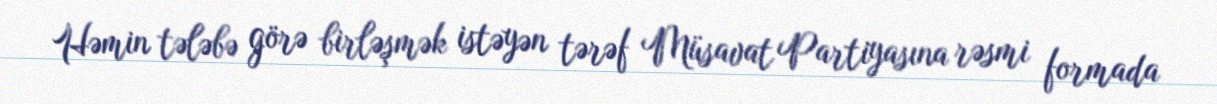
Həmin tələbə görə birləşmək istəyən tərəf Müsavat Partiyasına rəsmi formada